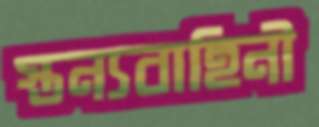
স্তন্যবাহিনী